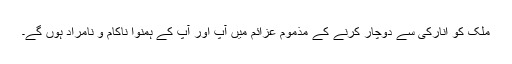
ملک کو انارکی سے دوچار کرنے کے مذموم عزائم میں آپ اور آپ کے ہمنوا ناکام و نامراد ہوں گے۔